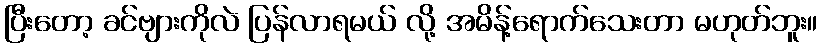
ပြီးတော့ ခင်ဗျားကိုလဲ ပြန်လာရမယ် လို့ အမိန့်ရောက်သေးတာ မဟုတ်ဘူး။